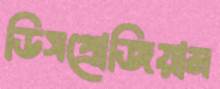
ডিসপ্রোজিয়াম